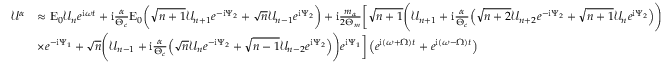
\begin{array} { r l } { \mathcal { U } ^ { \alpha } } & { \approx \mathrm { E } _ { 0 } \mathcal { U } _ { n } e ^ { \mathrm { i } \omega t } + \mathrm { i } \frac { \alpha } { \Theta _ { c } } \mathrm { E } _ { 0 } \bigg ( \sqrt { n + 1 } \mathcal { U } _ { n + 1 } e ^ { - \mathrm { i } \Psi _ { 2 } } + \sqrt { n } \mathcal { U } _ { n - 1 } e ^ { \mathrm { i } \Psi _ { 2 } } \bigg ) + \mathrm { i } \frac { m _ { \alpha } } { 2 \Theta _ { m } } \bigg [ \sqrt { n + 1 } \Bigg ( \mathcal { U } _ { n + 1 } + \mathrm { i } \frac { \alpha } { \Theta _ { c } } \Big ( \sqrt { n + 2 } \mathcal { U } _ { n + 2 } e ^ { - \mathrm { i } \Psi _ { 2 } } + \sqrt { n + 1 } \mathcal { U } _ { n } e ^ { \mathrm { i } \Psi _ { 2 } } \Big ) \Bigg ) } \\ & { \times e ^ { - \mathrm { i } \Psi _ { 1 } } + \sqrt { n } \Bigg ( \mathcal { U } _ { n - 1 } + \mathrm { i } \frac { \alpha } { \Theta _ { c } } \Big ( \sqrt { n } \mathcal { U } _ { n } e ^ { - \mathrm { i } \Psi _ { 2 } } + \sqrt { n - 1 } \mathcal { U } _ { n - 2 } e ^ { \mathrm { i } \Psi _ { 2 } } \Big ) \Bigg ) e ^ { \mathrm { i } \Psi _ { 1 } } \bigg ] \left( e ^ { \mathrm { i } ( \omega + \Omega ) t } + e ^ { \mathrm { i } ( \omega - \Omega ) t } \right) } \end{array}